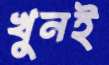
খুনই